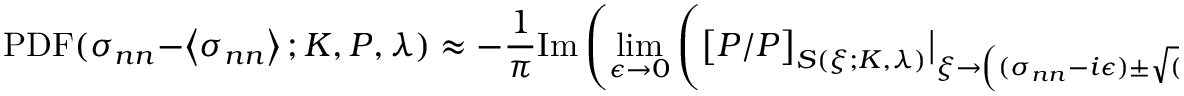
\mathrm { P D F } ( \sigma _ { n n } - \left\langle \sigma _ { n n } \right\rangle ; K , P , \lambda ) \approx - \frac { 1 } { \pi } \mathrm { I m } \left( \operatorname* { l i m } _ { \epsilon \to 0 } \left( \big [ P / P \big ] _ { S ( \xi ; K , \lambda ) } \big \vert _ { \xi \to \left( ( \sigma _ { n n } - i \epsilon ) \pm \sqrt { ( \sigma _ { n n } - i \epsilon ) ^ { 2 } - 4 \lambda ^ { 2 } } \right) / 2 } \right) \right)